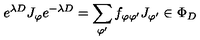
e ^ { \lambda D } J _ { \varphi } e ^ { - \lambda D } = \sum _ { \varphi ^ { \prime } } f _ { \varphi \varphi ^ { \prime } } J _ { \varphi ^ { \prime } } \in \Phi _ { D }